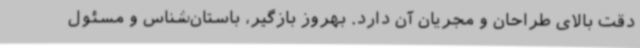
دقت بالای طراحان و مجریان آن دارد. بهروز بازگیر، باستان‌شناس و مسئول